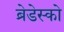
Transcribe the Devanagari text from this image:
ब्रेडेस्को